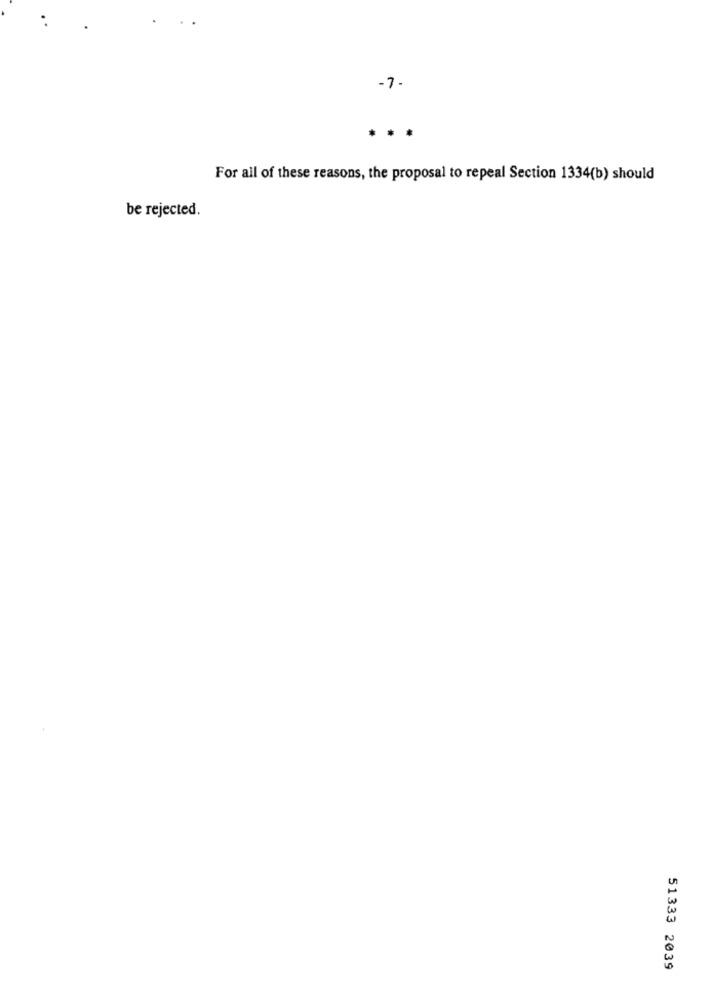
-7 -
...
For all of these reasons, the proposal to repeal Section 1334(b) should
be rejected.
51333 2039